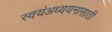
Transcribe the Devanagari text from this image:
स्वयंअध्ययनासाठी